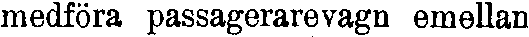
medföra passagerarevagn emellan